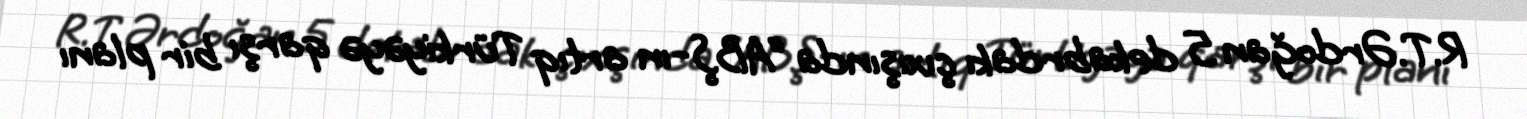
R.T.Ərdoğan 5 dekabrdakı çıxışında “ABŞ-ın artıq Türkiyəyə qarşı bir planı